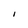
Character: I